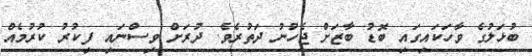
ބުޅަލުގެ ވާހަކައިގައި ބޮޑު ބާޒަށް ޖެހުނު ދަތުރެވެ. ދުރަށް ވިސްނައި ފިކުރު ކުރުމެއް